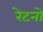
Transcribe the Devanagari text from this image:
रेटनो